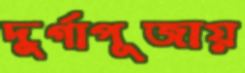
দুর্গাপূজায়